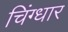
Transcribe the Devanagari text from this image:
चिंग्धार